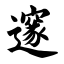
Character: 邃